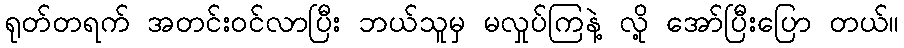
ရုတ်တရက် အတင်းဝင်လာပြီး ဘယ်သူမှ မလှုပ်ကြနဲ့ လို့ အော်ပြီးပြော တယ်။